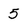
Character: 5